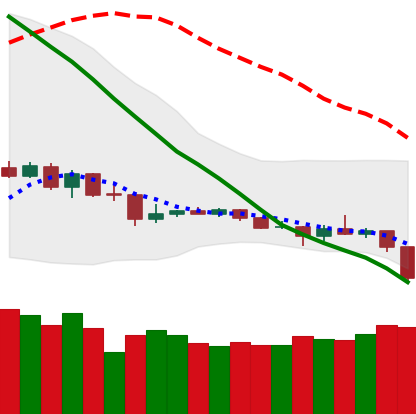
Ticker: TRX-USD
Chart end date: 2019-12-17
Forward return: 19.514%
Label: up_7plus